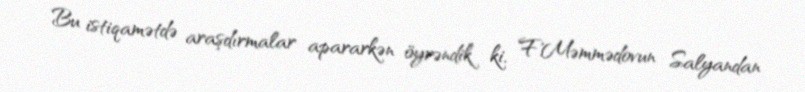
Bu istiqamətdə araşdırmalar apararkən öyrəndik ki, F.Məmmədovun Salyandan